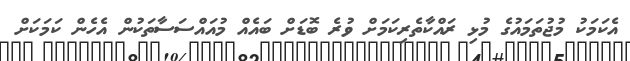
އެކަމަކު މުޖުތަމައުގެ މުޅި ރައްކާތެރިކަމަށް ވުރެ ބޮޑަށް ބައެއް މުއައްސަސާތަކުން އެހެން ކަމަކަށް